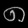
Digit: ၈